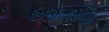
ઉજાગરાનો